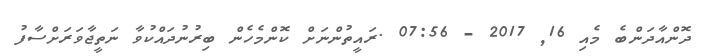
ދޮންއާދަންބެ މެއި 16